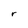
Character: r